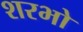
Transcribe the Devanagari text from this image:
शरभो